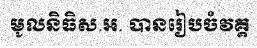
មូលនិធិស.អ. បានរៀបចំវគ្គ